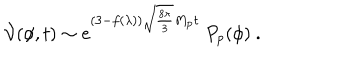
LaTeX: { \cal V } ( \phi , t ) \sim e ^ { ( 3 - f ( \lambda ) ) \sqrt { \frac { 8 \pi } { 3 } } M _ { \mathrm { p } } t } \ P _ { p } ( \phi ) \ .